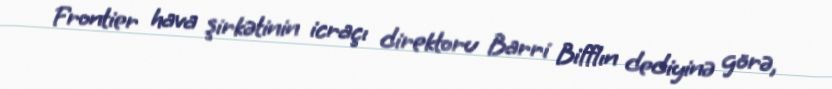
Frontier hava şirkətinin icraçı direktoru Barri Bifflın dediyinə görə,